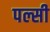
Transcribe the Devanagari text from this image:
पल्सी